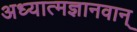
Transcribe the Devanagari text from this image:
अध्यात्मज्ञानवान्